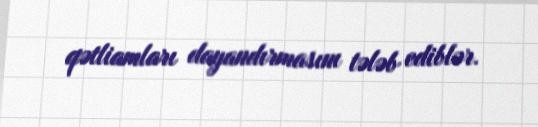
qətliamları dayandırmasını tələb ediblər.